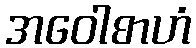
အဝေါစာဟံ